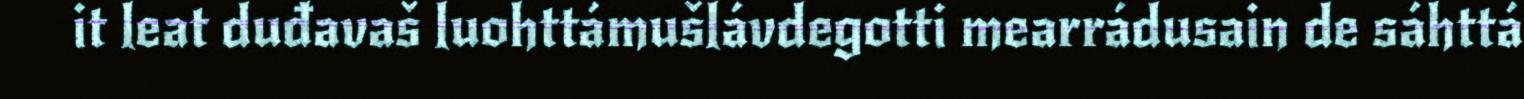
it leat duđavaš luohttámušlávdegotti mearrádusain de sáhttá